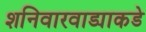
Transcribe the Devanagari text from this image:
शनिवारवाड्याकडे